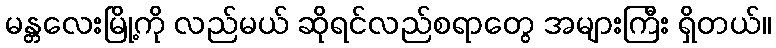
မန္တလေးမြို့ကို လည်မယ် ဆိုရင်လည်စရာတွေ အများကြီး ရှိတယ်။